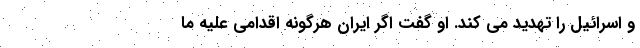
و اسرائیل را تهدید می کند. او گفت اگر ایران هرگونه اقدامی علیه ما